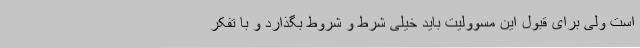
است ولی برای قبول این مسوولیت باید خیلی شرط و شروط بگذارد و با تفکر